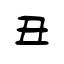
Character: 丑